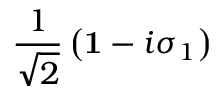
\frac { 1 } { \sqrt { 2 } } \left( { \bf 1 } - i \sigma _ { 1 } \right)